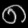
Digit: ၈